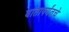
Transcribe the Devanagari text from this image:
घातापर्यंतचे